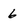
Character: 6